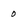
Character: 0